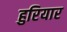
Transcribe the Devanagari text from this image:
हुरियार